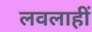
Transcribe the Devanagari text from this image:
लवलाहीं